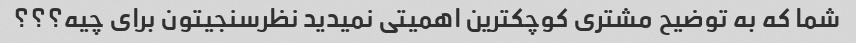
شما که به توضیح مشتری کوچکترین اهمیتی نمیدید نظرسنجیتون برای چیه؟؟؟